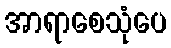
အာရာစေသုံပေ